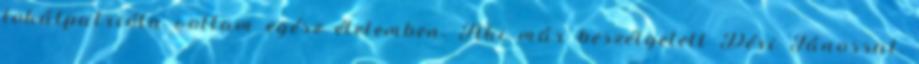
lokálpatrióta voltam egész életemben. Aki már beszélgetett Déri Jánossal,